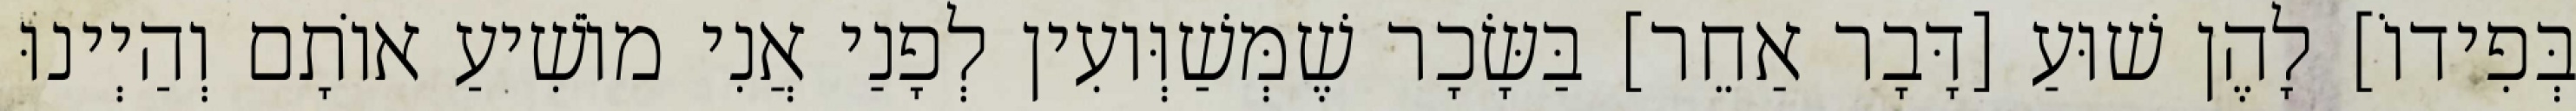
בְּפִידוֹ] לָהֶן שׁוּעַ [דָּבָר אַחֵר] בַּשָּׂכָר שֶׁמְּשַׁוְּועִין לְפָנַי אֲנִי מוֹשִׁיעַ אוֹתָם וְהַיְינוּ